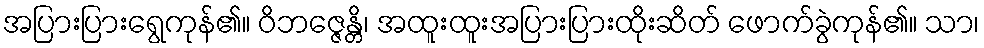
အပြားပြားရွေကုန်၏။ ဝိဘဇ္ဇေန္တိ၊ အထူးထူးအပြားပြားထိုးဆိတ် ဖောက်ခွဲကုန်၏။ သာ၊